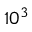
1 0 ^ { 3 }